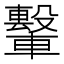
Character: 𫐁